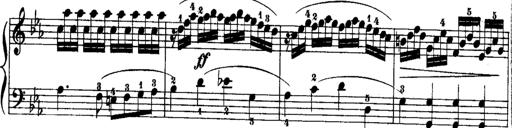
Title: Rondos and Sonatinas for Pianoforte
Composer: Daniel Steibelt